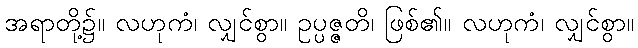
အရာတို့၌။ လဟုကံ၊ လျှင်စွာ။ ဥပ္ပဇ္ဇတိ၊ ဖြစ်၏။ လဟုကံ၊ လျှင်စွာ။